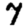
Digit: 7